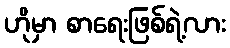
ဟိုမှာ စာရေးဖြစ်ရဲ့လား